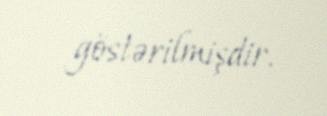
göstərilmişdir.